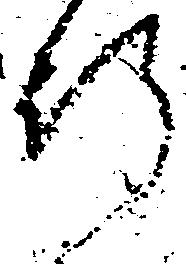
行